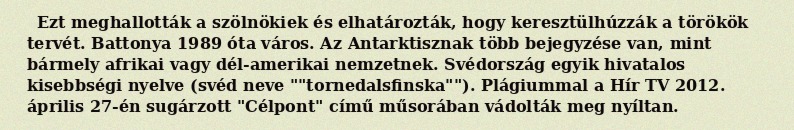
Ezt meghallották a szölnökiek és elhatározták, hogy keresztülhúzzák a törökök tervét. Battonya 1989 óta város. Az Antarktisznak több bejegyzése van, mint bármely afrikai vagy dél-amerikai nemzetnek. Svédország egyik hivatalos kisebbségi nyelve (svéd neve ""tornedalsfinska""). Plágiummal a Hír TV 2012. április 27-én sugárzott "Célpont" című műsorában vádolták meg nyíltan.